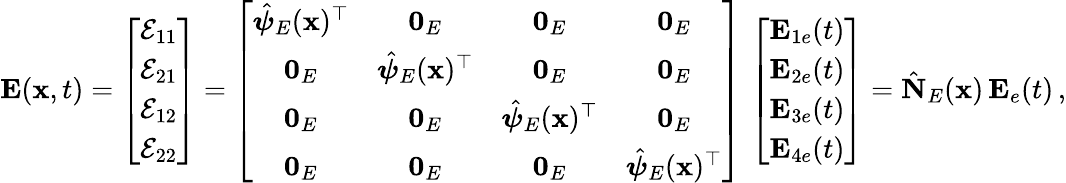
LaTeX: \begin{array}{r}{{\mathbf E}({\mathbf x},t)=\left[\begin{array}{c}{\mathcal{E}_{11}}\\ {\mathcal{E}_{21}}\\ {\mathcal{E}_{12}}\\ {\mathcal{E}_{22}}\end{array}\right]=\left[\begin{array}{cccc}{\hat{\boldsymbol{\psi}}_{E}({\mathbf x})^{\top}}&{{\mathbf 0}_{E}}&{{\mathbf 0}_{E}}&{{\mathbf 0}_{E}}\\ {{\mathbf 0}_{E}}&{\hat{\boldsymbol{\psi}}_{E}({\mathbf x})^{\top}}&{{\mathbf 0}_{E}}&{{\mathbf 0}_{E}}\\ {{\mathbf 0}_{E}}&{{\mathbf 0}_{E}}&{\hat{\boldsymbol{\psi}}_{E}({\mathbf x})^{\top}}&{{\mathbf 0}_{E}}\\ {{\mathbf 0}_{E}}&{{\mathbf 0}_{E}}&{{\mathbf 0}_{E}}&{\hat{\boldsymbol{\psi}}_{E}({\mathbf x})^{\top}}\end{array}\right]\, \left[\begin{array}{c}{{\mathbf E}_{1e}(t)}\\ {{\mathbf E}_{2e}(t)}\\ {{\mathbf E}_{3e}(t)}\\ {{\mathbf E}_{4e}(t)}\end{array}\right]=\hat{\mathbf N}_{E}({\mathbf x})\, {\mathbf E}_{e}(t)\, ,}\end{array}